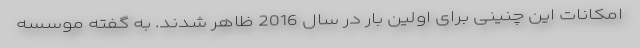
امکانات این چنینی برای اولین بار در سال 2016 ظاهر شدند. به گفته موسسه